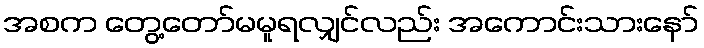
အစက တွေ့တော်မမူရလျှင်လည်း အကောင်းသားနော်